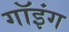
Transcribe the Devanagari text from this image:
गॉइंग